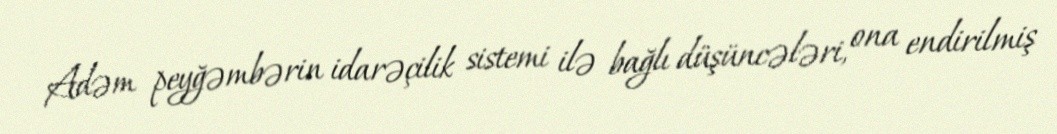
Adəm peyğəmbərin idarəçilik sistemi ilə bağlı düşüncələri, ona endirilmiş